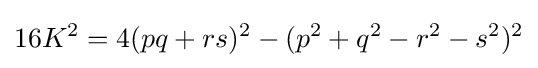
16K^{2}=4(pq+rs)^{2}-(p^{2}+q^{2}-r^{2}-s^{2})^{2}